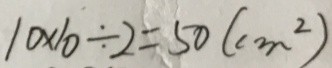
1 0 \times 1 0 \div 2 = 5 0 ( c m ^ { 2 } )